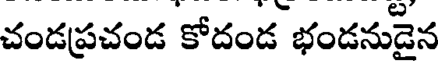
చండప్రచండ కోదండ భండనుడైన